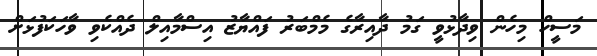
މަސީހް މިހެން ވިދާޅުވީ ގަމު ދާއިރާގެ މެމްބަރު ފައްޔާޒު އިސްމާއިލް ދެއްކެވި ވާހަކަފުޅަށް